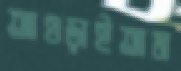
আওড়াইতাম